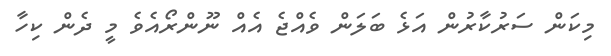
މިކަން ސަރުކާރުން އަޅެ ބަލަން ވެއްޖެ އެއް ނޫންރޯއެވެ މީ ދެން ކިހާ